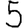
Digit: 5